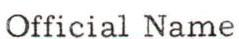
Official Name